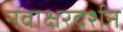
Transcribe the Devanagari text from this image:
नवाक्षरदर्शन